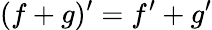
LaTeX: (f+g)^{\prime}=f^{\prime}+g^{\prime}